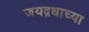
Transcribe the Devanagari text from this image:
जयद्रथाच्या